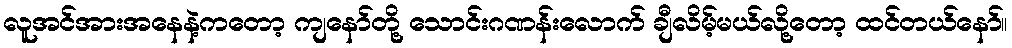
လူအင်အားအနေနဲ့ကတော့ ကျနော်တို့ သောင်းဂဏန်းလောက် ချီလိမ့်မယ်လို့တော့ ထင်တယ်နော်။